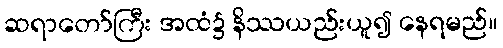
ဆရာတော်ကြီး အထံ၌ နိဿယည်းယူ၍ နေရမည်။